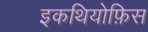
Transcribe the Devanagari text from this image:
इकथियोफ़िस